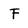
Character: F